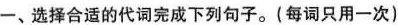
一、选择合适的代词完成下列句子.(每词只用一次)